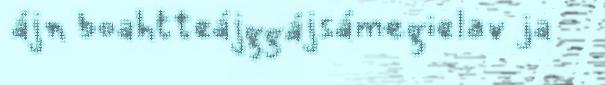
ájn boahtteájggájsámegielav ja